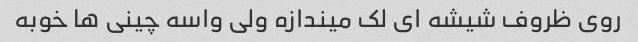
روی ظروف شیشه ای لک میندازه ولی واسه چینی ها خوبه